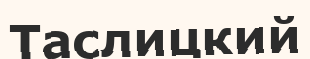
Таслицкий